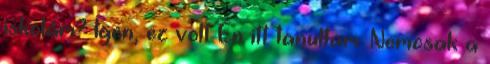
iskolám? Igen, ez volt Én itt tanultam. Nemcsak a